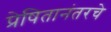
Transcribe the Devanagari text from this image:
प्रेषितानंतरचे